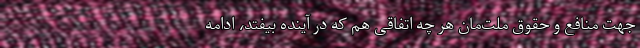
جهت منافع و حقوق ملت‌مان هر چه اتفاقی هم که در آینده بیفتد، ادامه